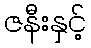
ဇနီးနှင့်